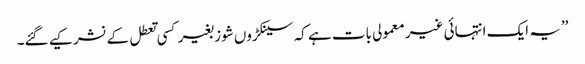
’’یہ ایک انتہائی غیر معمولی بات ہے کہ سینکڑوں شوز بغیر کسی تعطل کے نشر کیے گئے۔